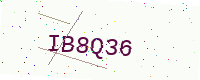
Text: IB8Q36